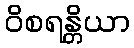
ဝိစရန္တိယာ